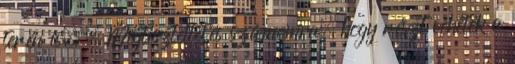
terén is. — Megtiszteltetés számomra, hogy részt vehetek a